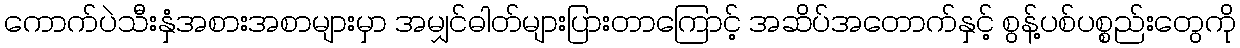
ကောက်ပဲသီးနှံအစားအစာများမှာ အမျှင်ဓါတ်များပြားတာကြောင့် အဆိပ်အတောက်နှင့် စွန့်ပစ်ပစ္စည်းတွေကို